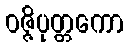
ဝဇ္ဇိပုတ္တကော